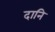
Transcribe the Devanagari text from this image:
दानि